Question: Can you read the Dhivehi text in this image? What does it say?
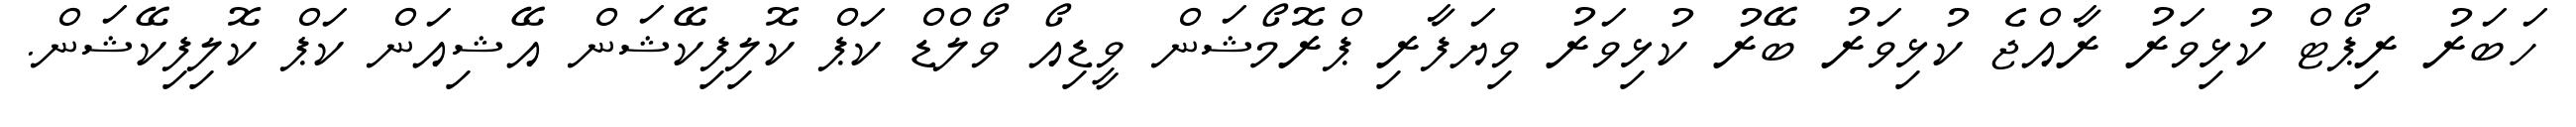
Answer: ހަބަރު ރިޕޯޓް ކުޅިވަރު ރާއްޖެ ކުޅިވަރު ބޭރު ކުޅިވަރު ވިޔަފާރި ޕްރޮމޯޝަން ވީޑިއޯ ވޯލްޑް ކަޕް ކޮލިފިކޭޝަން އޭޝިއަން ކަޕް ކޮލިފިކޭޝަން.